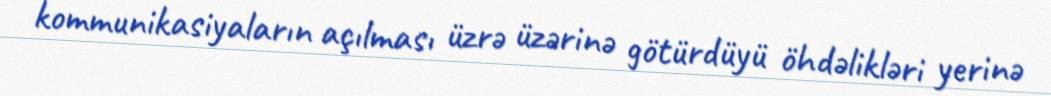
kommunikasiyaların açılması üzrə üzərinə götürdüyü öhdəlikləri yerinə